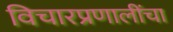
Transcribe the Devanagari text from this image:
विचारप्रणालींचा